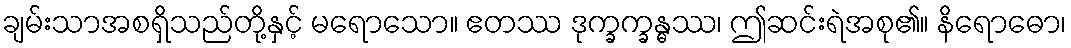
ချမ်းသာအစရှိသည်တို့နှင့် မရောသော။ ဧတဿ ဒုက္ခက္ခန္ဓဿ၊ ဤဆင်းရဲအစု၏။ နိရောဓော၊